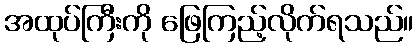
အထုပ်ကြီးကို ဖြေကြည့်လိုက်ရသည်။